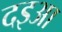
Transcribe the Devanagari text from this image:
दइआ